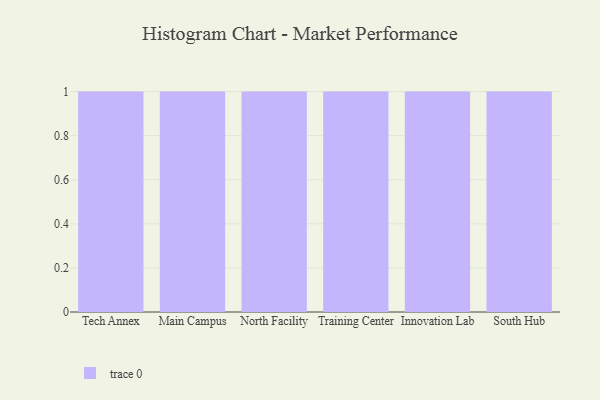
{"axis": {"x": "Campus", "y": "Bounce Rate (%)"}, "legend": [""], "data": [{"x": "Tech Annex", "y": 89, "type": ""}, {"x": "Main Campus", "y": 27, "type": ""}, {"x": "North Facility", "y": 12, "type": ""}, {"x": "Training Center", "y": 23, "type": ""}, {"x": "Innovation Lab", "y": 32, "type": ""}, {"x": "South Hub", "y": 40, "type": ""}]}